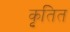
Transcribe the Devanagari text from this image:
कृतित